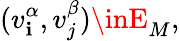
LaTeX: (v_{\mathbf{i}}^{\alpha},v_{j}^{\beta})\inE_{M},